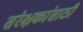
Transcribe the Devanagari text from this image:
संरक्षकांसाठी